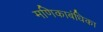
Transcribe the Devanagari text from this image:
मणिकाबंधिका